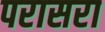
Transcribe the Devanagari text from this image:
परासरा